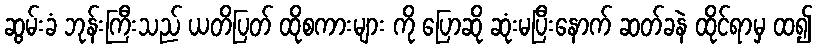
ဆွမ်းခံ ဘုန်းကြီးသည် ယတိပြတ် ထိုစကားများ ကို ပြောဆို ဆုံးမပြီးနောက် ဆတ်ခနဲ ထိုင်ရာမှ ထ၍